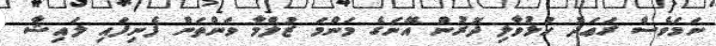
ނަމަވެސް ރަޢަދު ހުޅުވާލި ދޮރުން އޭނަގެ މަންމަ ޒުލްމާ ވަންތަން ފެނިފައި ލައިޝާ